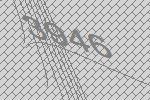
3946